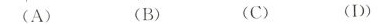
(A) (B) (C) (D)